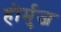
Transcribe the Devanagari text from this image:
होर्मुज